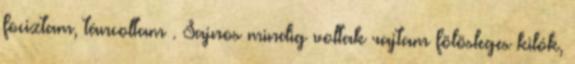
fociztam, táncoltam . Sajnos mindig voltak rajtam fölösleges kilók,